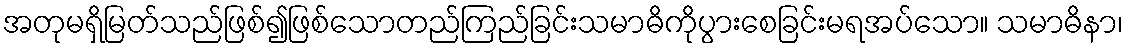
အတုမရှိမြတ်သည်ဖြစ်၍ဖြစ်သောတည်ကြည်ခြင်းသမာဓိကိုပွားစေခြင်းမရအပ်သော။ သမာဓိနာ၊